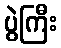
ပွဲကြီး